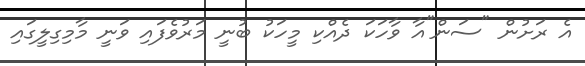
އެ ރަށުން "ސަން"އާ ވާހަކަ ދެއްކި މީހަކު ބުނީ މަރުވެފައި ވަނީ މާމިގިލީގައި